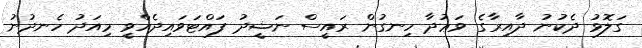
ގަލޮޅު ދެކުނު ދާއިރާގެ ވަޢުދާ ހިނގުން ރައީސް ނަޝީދު ފައްޓަވައިދެއްވީ މިއަދު ހެނދުނު